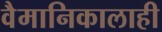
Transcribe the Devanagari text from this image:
वैमानिकालाही